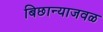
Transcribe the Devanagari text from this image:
बिछान्याजवळ